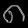
Digit: ၈